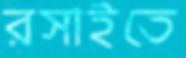
রসাইতে